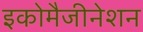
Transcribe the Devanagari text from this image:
इकोमैजीनेशन